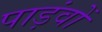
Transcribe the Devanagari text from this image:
पाड़ंवों